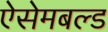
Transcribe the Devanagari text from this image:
ऐसेमबल्ड